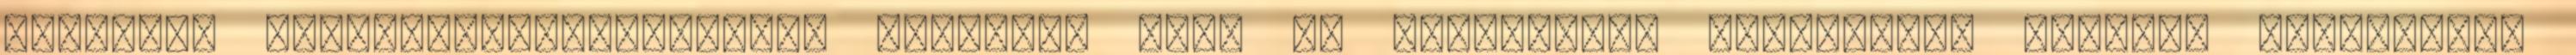
alapvető számítógép-biztonsági szabály, hogy ne dugdossunk ismeretlen eredetű eszközöket